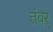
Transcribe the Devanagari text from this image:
तंवर्